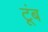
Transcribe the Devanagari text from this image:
टूंब